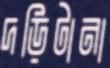
দড়িটানা